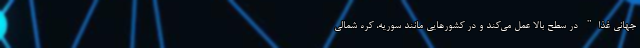
جهانی غذا" در سطح بالا عمل می‌کند و در کشورهایی مانند سوریه، کره شمالی